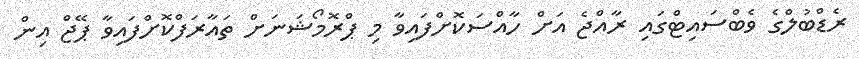
ރެޑްބުލްގެ ވެބްސައިޓްގައި ރާއްޖެ އަށް ހާއްސަކޮށްފައިވާ މި ޕްރޮމޯޝަނަށް ތައާރަފްކޮށްފައިވާ ޕޭޖް އިން